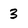
Character: 3